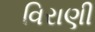
વિરાણી